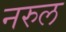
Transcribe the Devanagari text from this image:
नरुल